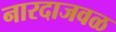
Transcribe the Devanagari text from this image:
नारदाजवळ